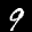
Label: 9